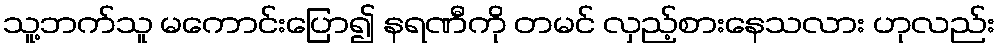
သူ့ဘက်သူ မကောင်းပြော၍ နရဏီကို တမင် လှည့်စားနေသလား ဟုလည်း